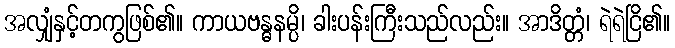
အလျှံနှင့်တကွဖြစ်၏။ ကာယဗန္ဓနမ္ပိ၊ ခါးပန်းကြီးသည်လည်း။ အာဒိတ္တံ၊ ရဲရဲငြိ၏။